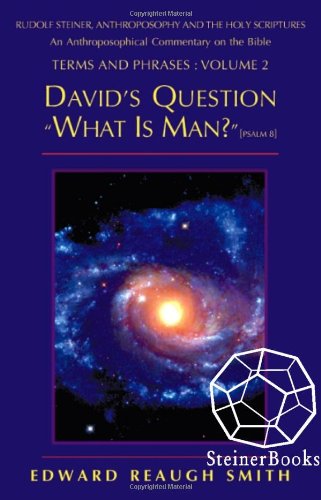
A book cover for David's Question, What Is Man: Psalms 8 (Smith, Edward Reaugh, Rudolf Steiner, Anthroposophy and the Holy Scriptures. Terms and Phrases, V. 2.); Edward Reaugh Smith; Religion & Spirituality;